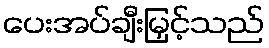
ပေးအပ်ချီးမြှင့်သည်